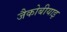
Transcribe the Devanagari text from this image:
जैकोबीयाइ